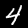
Label: 4